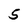
Character: 5